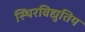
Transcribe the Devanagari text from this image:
स्थिरविद्युतिय